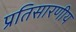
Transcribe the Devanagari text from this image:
प्रतिसारणीय